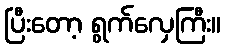
ပြီးတော့ ရွက်လှေကြီး။